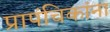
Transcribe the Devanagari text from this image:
प्रापंचिकांना